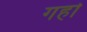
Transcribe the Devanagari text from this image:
गहो